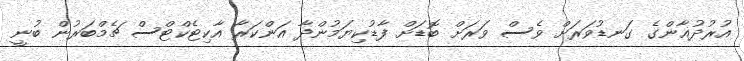
އުރުދުޣާންގެ ގަނޑުވަރަށް ވެސް ވަރަށް ބޮޑަށް ފާޑުކިޔަމުންދާ އަންކަރާ އާކިޓެކްޓްސް ޗެމްބަރުން ބުނީ